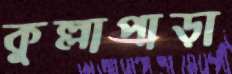
কুল্লাপাড়া